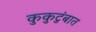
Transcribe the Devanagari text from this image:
कुकुटुंबात